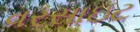
વરસાઇટ